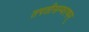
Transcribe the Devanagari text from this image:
तपतीसम्वरणम्